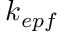
k _ { e p f }